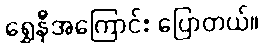
ရွှေနီအကြောင်း ပြောတယ်။